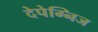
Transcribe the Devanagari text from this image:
देपेग्निज